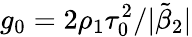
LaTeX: g_{0}=2\rho_{1}\tau_{0}^{2}/|\tilde{\beta}_{2}|